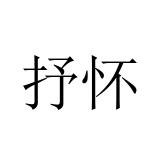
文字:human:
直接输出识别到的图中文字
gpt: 抒怀